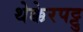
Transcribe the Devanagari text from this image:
थेक्केरपट्टु